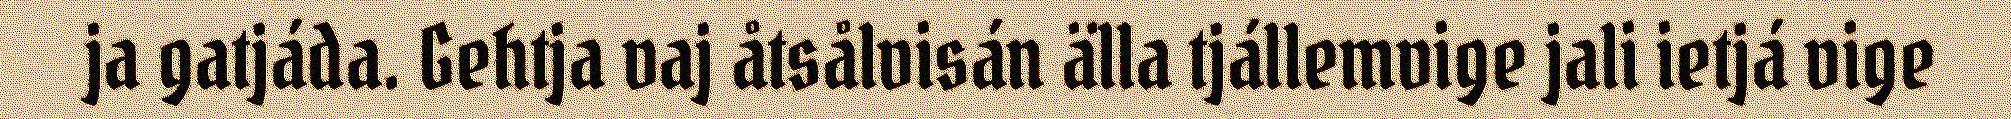
ja gatjáda. Gehtja vaj åtsålvisán älla tjállemvige jali ietjá vige